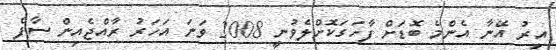
އިރު އޭނާ އެންމެ ބޮޑަށް ފާހަގަކޮށްލެވުނީ 2008 ވަނަ އަހަރު ރާއްޖެއިން ސާފް